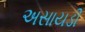
અસાયડી